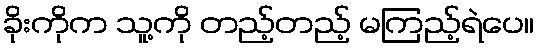
ခိုးကိုက သူ့ကို တည့်တည့် မကြည့်ရဲပေ။